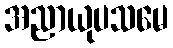
အညာယုပသမေ